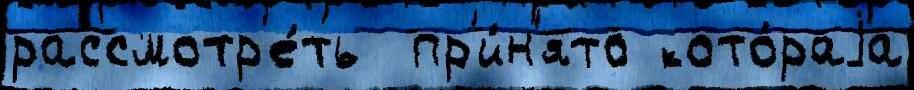
рассмотр'е́ть  пр'и́н'ято кото́раjа